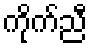
ကိုက်ညီ